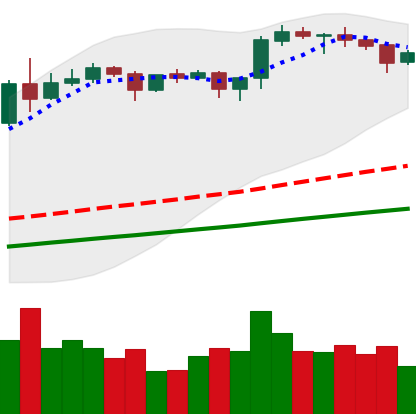
Ticker: ETH-USD
Chart end date: 2020-08-20
Forward return: -7.79%
Label: down_7plus